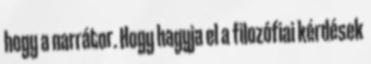
hogy a narrátor. Hogy hagyja el a filozófiai kérdések